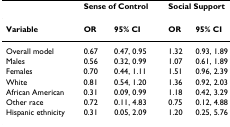
<table><thead><tr><td></td><td colspan="2"><b>Sense of Control</b></td><td colspan="2"><b>Social Support</b></td></tr></thead><tbody><tr><td><b>Variable</b></td><td><b>OR</b></td><td><b>95% CI</b></td><td><b>OR</b></td><td><b>95% CI</b></td></tr><tr><td>Overall model</td><td>0.67</td><td>0.47, 0.95</td><td>1.32</td><td>0.93, 1.89</td></tr><tr><td>Males</td><td>0.56</td><td>0.32, 0.99</td><td>1.07</td><td>0.61, 1.89</td></tr><tr><td>Females</td><td>0.70</td><td>0.44, 1.11</td><td>1.51</td><td>0.96, 2.39</td></tr><tr><td>White</td><td>0.81</td><td>0.54, 1.20</td><td>1.36</td><td>0.92, 2.03</td></tr><tr><td>African American</td><td>0.31</td><td>0.09, 0.99</td><td>1.18</td><td>0.42, 3.29</td></tr><tr><td>Other race</td><td>0.72</td><td>0.11, 4.83</td><td>0.75</td><td>0.12, 4.88</td></tr><tr><td>Hispanic ethnicity</td><td>0.31</td><td>0.05, 2.09</td><td>1.20</td><td>0.25, 5.76</td></tr></tbody></table>